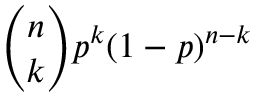
{ \binom { n } { k } } p ^ { k } ( 1 - p ) ^ { n - k }